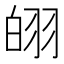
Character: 䎅